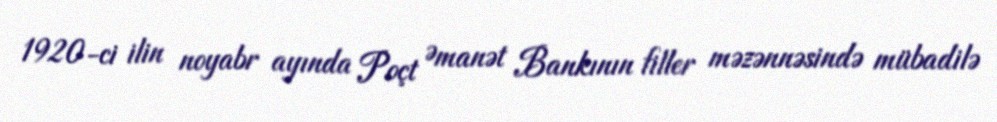
1920-ci ilin noyabr ayında Poçt Əmanət Bankının filler məzənnəsində mübadilə